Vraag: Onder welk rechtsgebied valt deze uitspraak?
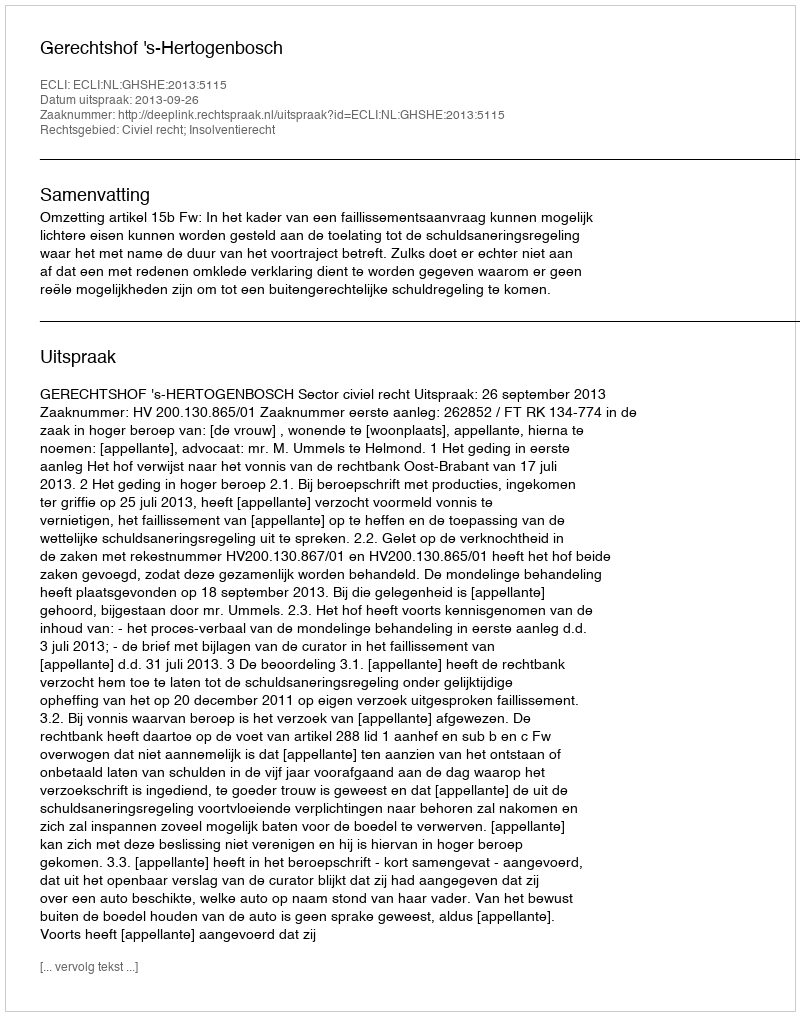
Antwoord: Civiel recht; Insolventierecht